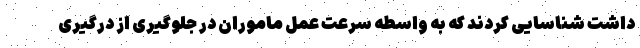
داشت شناسایی کردند که به واسطه سرعت عمل ماموران در جلوگیری از درگیری